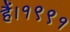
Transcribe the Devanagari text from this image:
हैं।१९९१